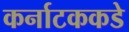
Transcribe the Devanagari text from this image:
कर्नाटककडे